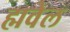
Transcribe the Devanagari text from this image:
ह्मवेल